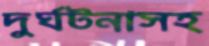
দুর্ঘটনাসহ